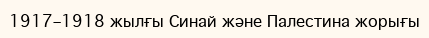
1917–1918 жылғы Синай және Палестина жорығы